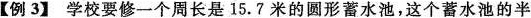
【例3】学校要修一个周长是15.7米的圆形蓄水池，这个蓄水池的半